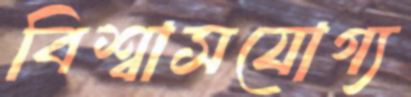
বিশ্বাসযোগ্য